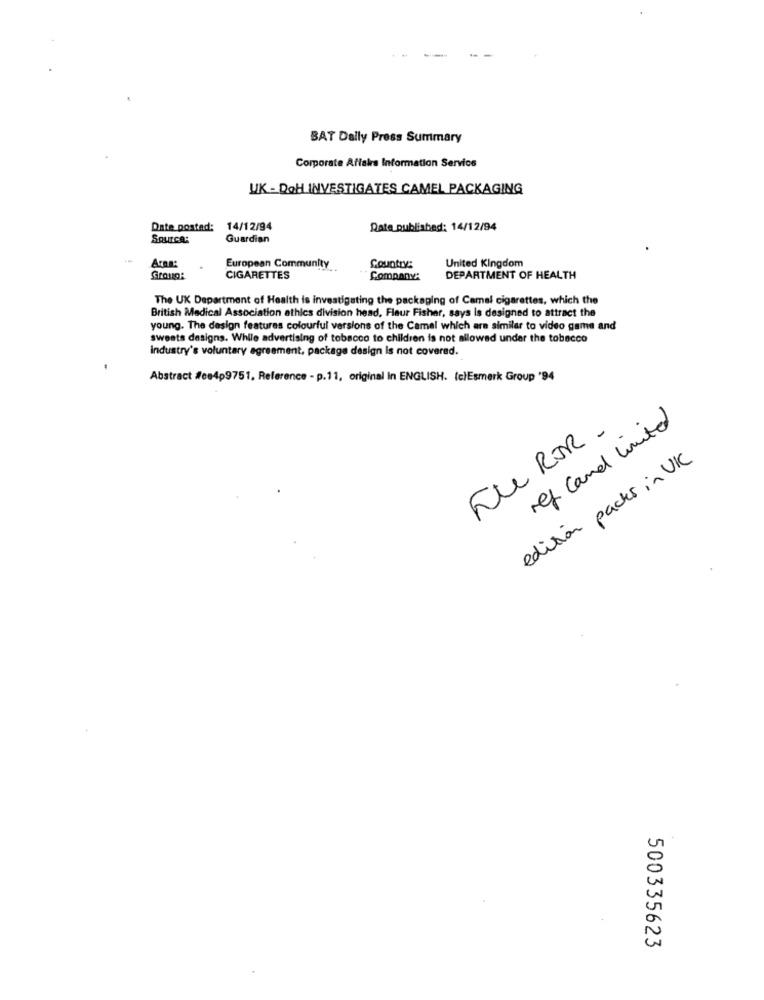
BAT Dally Press Summary
Corporate Affairs Information Service
UK - DOH INVESTIGATES CAMEL PACKAGING
Date posted:
14/12/94
Date published: 14/12/94
Source:
Guardian
Araa:
United Kingdom
European Community
Country:
Graug:
CIGARETTES
Company:
DEPARTMENT OF HEALTH
The UK Department of Health is investigating the packaging of Camel cigarettes, which the
British Medical Association athics division head, Fleur Fisher, says is designed to attract the
young. The design features colourful versions of the Camel which are similar to video game and
sweats designs. While advertising of tobacco to children is not allowed under the tobacco
industry's voluntary agreement, package design is not covered.
Abstract #ce4p9751, Reference - p.11, original In ENGLISH. (c)Esmerk Group '94
ref land limited
FUROR.
edition packs in UKC
500335623